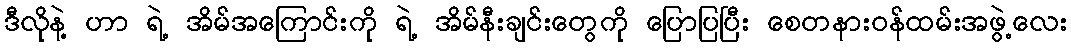
ဒီလိုနဲ့ ဟာ ရဲ့ အိမ်အကြောင်းကို ရဲ့ အိမ်နီးချင်းတွေကို ပြောပြပြီး စေတနားဝန်ထမ်းအဖွဲ့လေး